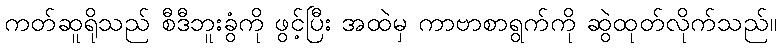
ကတ်ဆူရိုသည် စီဒီဘူးခွံကို ဖွင့်ပြီး အထဲမှ ကာဗာစာရွက်ကို ဆွဲထုတ်လိုက်သည်။